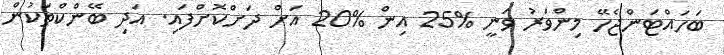
ބަހައްޓަންޖެހޭ މިންވަރު ވަނީ %25 އިން %20 އަށް ދަށްކޮށްފައި. އަދި ބޭންކްތަކުން